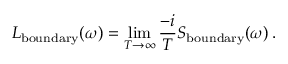
L _ { \mathrm { b o u n d a r y } } ( \omega ) = \operatorname * { l i m } _ { T \to \infty } \frac { - i } { T } S _ { \mathrm { b o u n d a r y } } ( \omega ) \, .